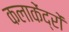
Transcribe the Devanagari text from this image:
कलाकेंद्रों